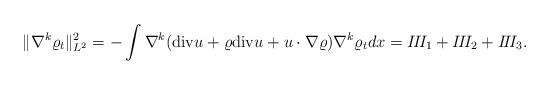
LaTeX: \begin{align*}\|\nabla^k \varrho_t\|_{L^2}^2=-\int \nabla^k({\rm div}u+\varrho{\rm div}u+u\cdot \nabla \varrho)\nabla^k \varrho_tdx=I\!I\!I_1+I\!I\!I_2+I\!I\!I_3.\end{align*}